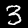
Digit: 3